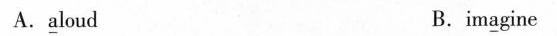
A.\underline{a}loud